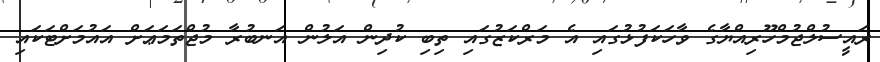
ރައީސުލްޖުމްހޫރިއްޔާގެ ވާހަކަފުޅުގައި އެ މަރްކަޒުގައި ތިބި ކުދިން އަލުން އަނބުރާ މުޖްތަމަޢަށް އައުމަށްޓަކައި